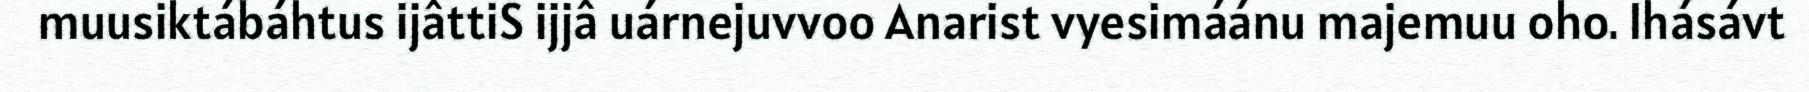
muusiktábáhtus ijâttiS ijjâ uárnejuvvoo Anarist vyesimáánu majemuu oho. Ihásávt